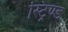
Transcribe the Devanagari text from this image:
स्ट्रिण्ड